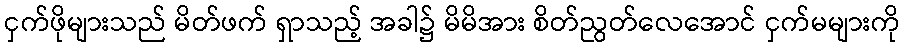
ငှက်ဖိုများသည် မိတ်ဖက် ရှာသည့် အခါ၌ မိမိအား စိတ်ညွတ်လေအောင် ငှက်မများကို